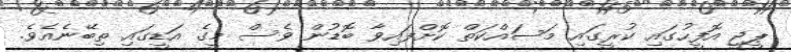
ޕީޖީ އޮފީހުގައި ކުރީގައި މަސައްކަތް ކޮށްފައިވާ ބޮޑުން ވެސް މީގެ އަޑީގައި ތިބޭނެއެވެ.